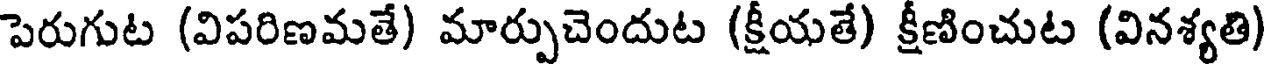
పెరుగుట (విపరిణమతే) మార్పుచెందుట (క్షీయతే) క్షీణించుట (వినశ్యతి)